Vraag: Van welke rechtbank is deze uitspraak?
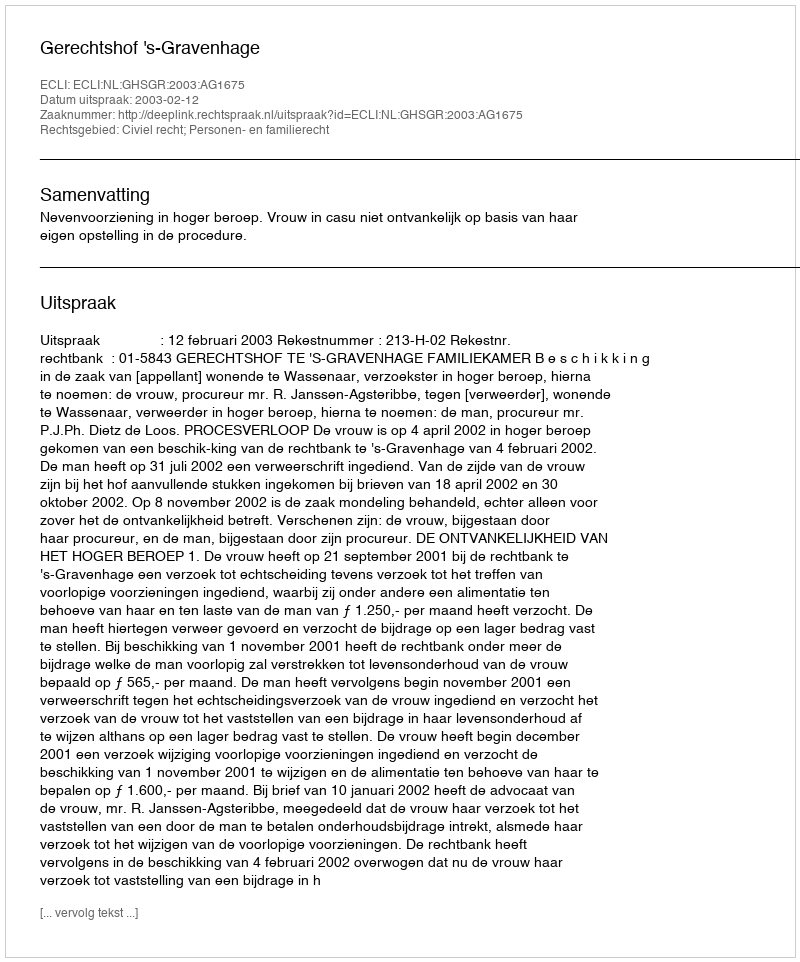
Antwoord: Gerechtshof 's-Gravenhage